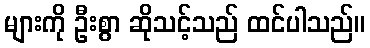
များကို ဦးစွာ ဆိုသင့်သည် ထင်ပါသည်။